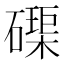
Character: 𮁊